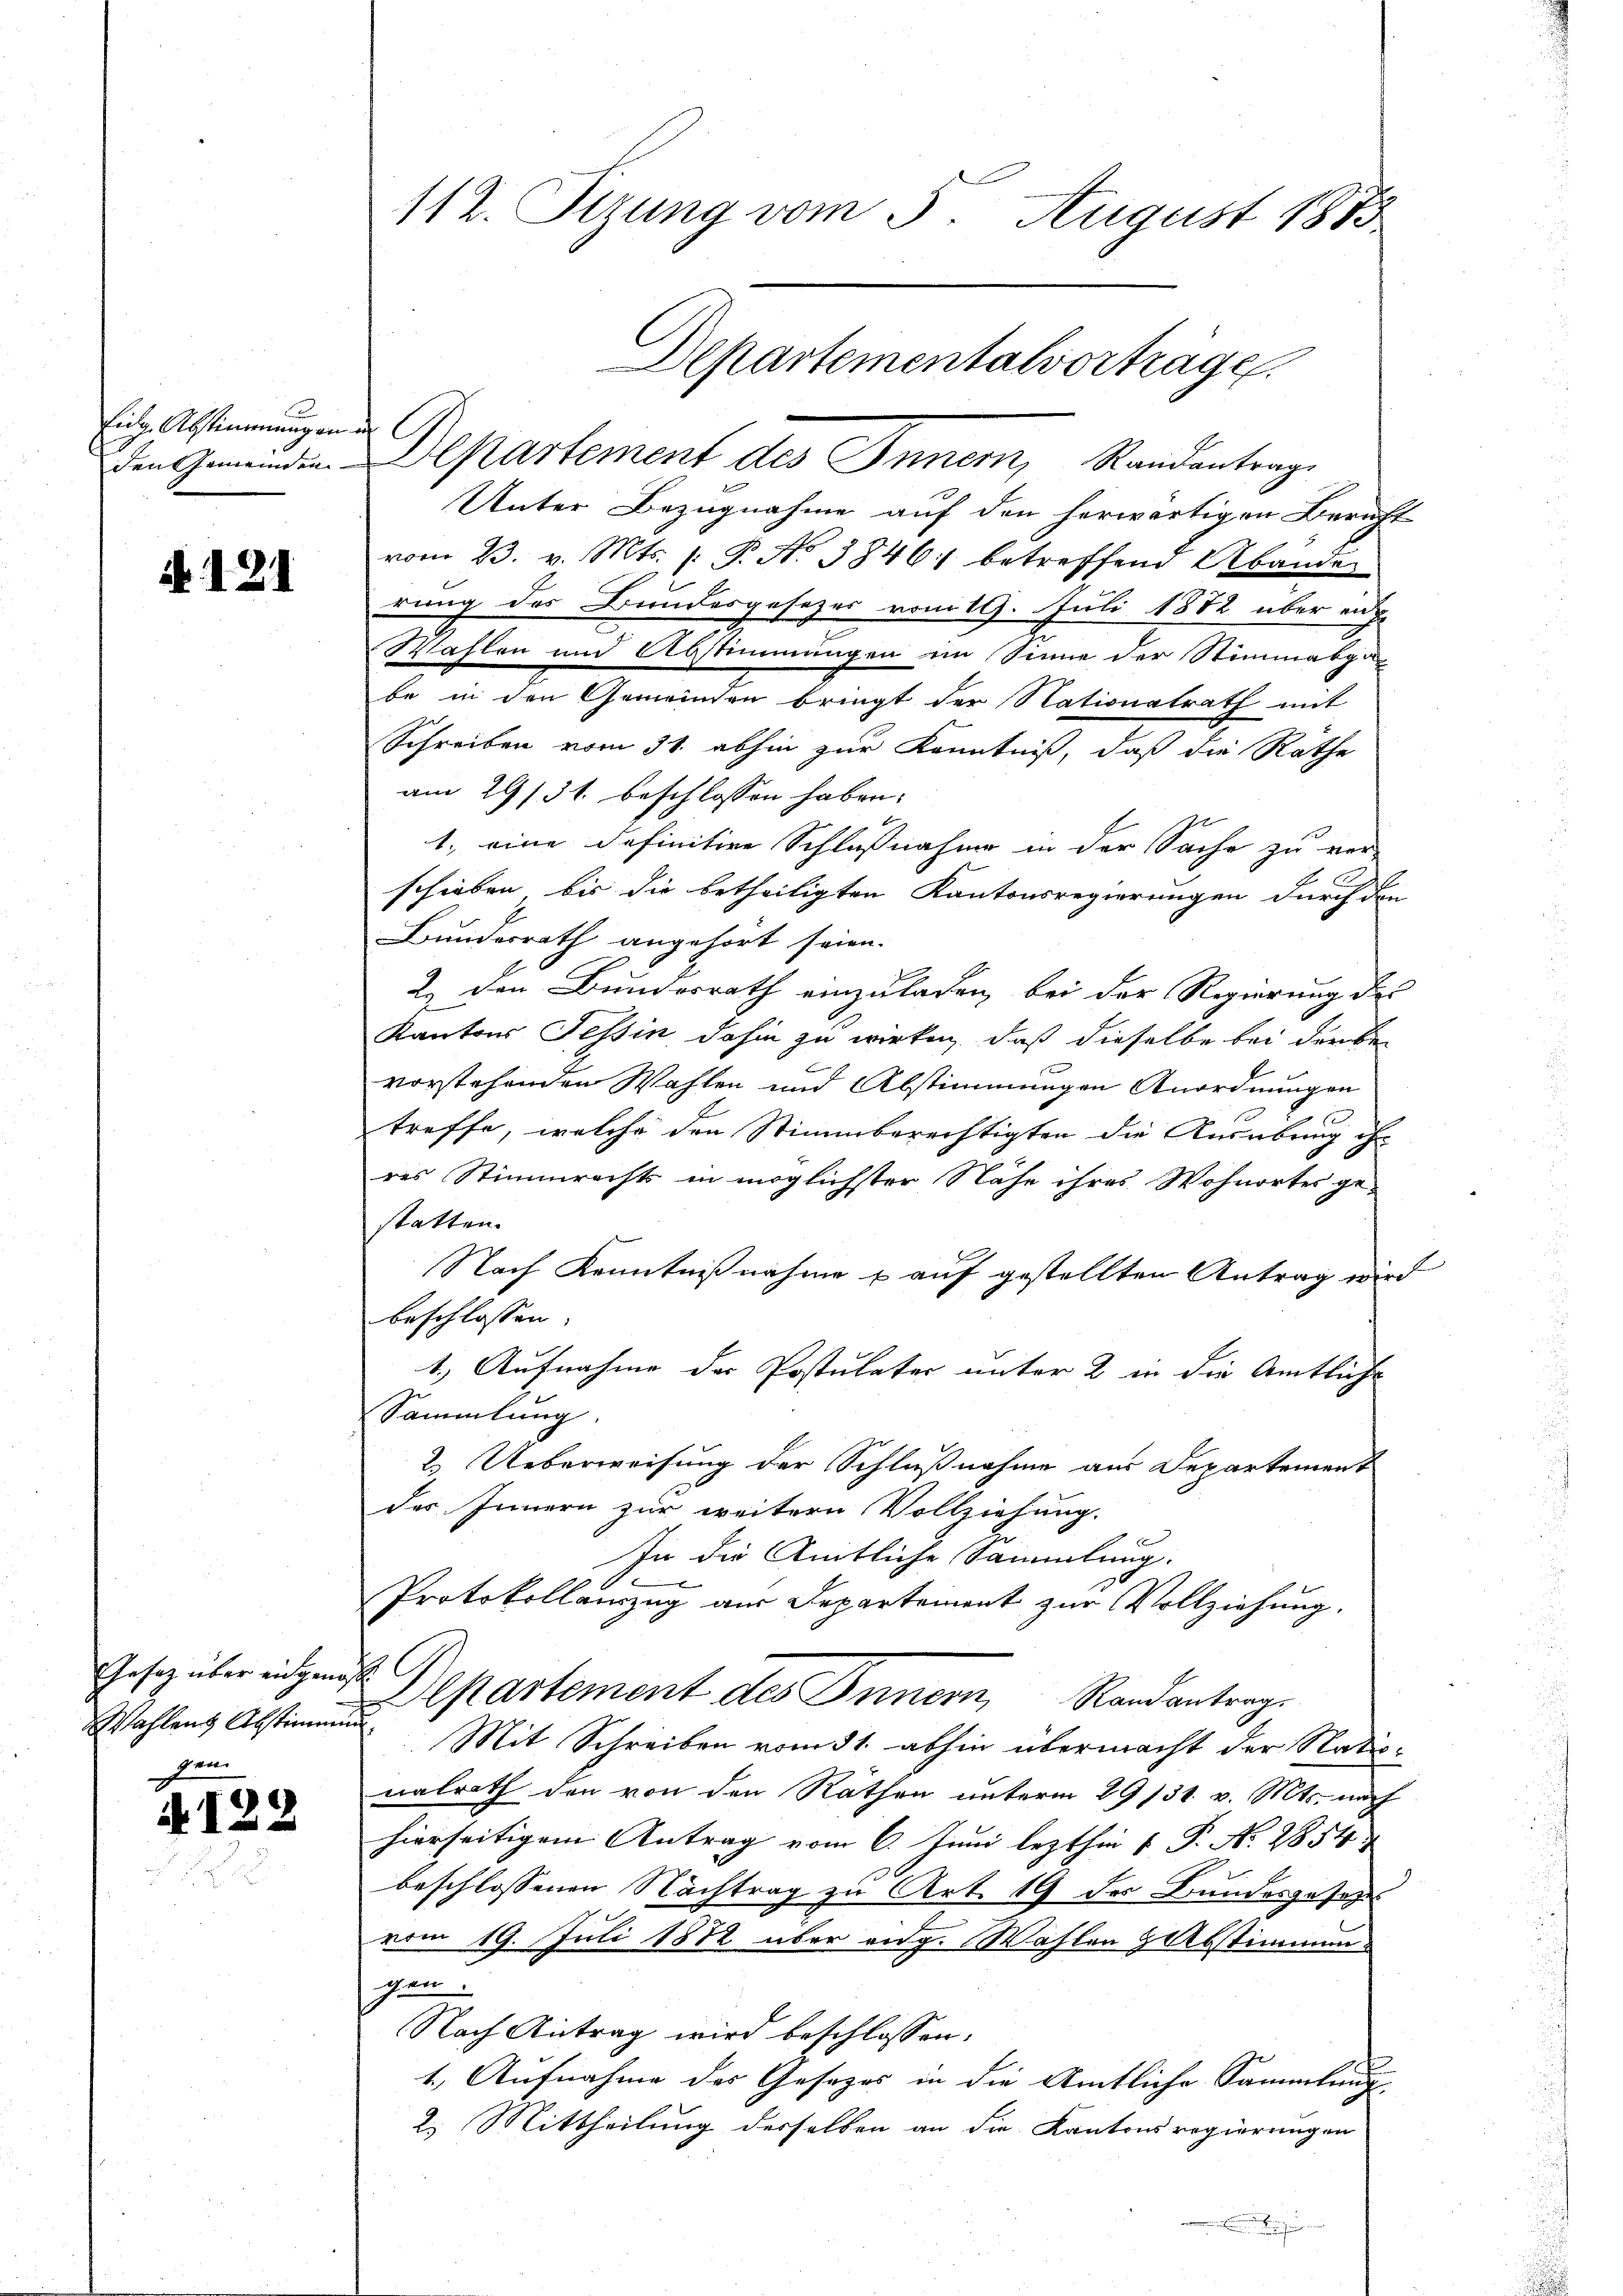
Eidg. Abstimmungen
den Gemeinden.

A. 121

Gesetz über eingenes
Wahlen Abstimmung
gen

A 122

112. Sizung vom 5. August 1883

Departement des Inner, Randantrage
Unter Bezugnahme auf den herwärtigen Bericht
vom 23. v. Mts. (: P. Nr. 3846 betreffend Abänder
rung des Bundesgesezes vom 19. Juli 1882 über ei
Wahlen und Abstimmungen im Sinne der Stimmabga
be in den Gemeinden bringt der Stationalrath mit
e
Schreiben vom 31. abhin zur Kenntniß, daß die Rathe
am 29/31. beschlossen haben.
1., eine definitive Schlußnahme in der Sache zu ver-
schieben bis die betheiligten Kantonsregierungen durch den
Bundesrath angehört seien.
2. den Bundesrath einzuladen, bei der Regierung des
Kantons Tessin dahin zu wirken, daß dieselbe bei der bevorstehenden Wahlen und Abstimmungen Anordnungen
treffe, welche den Stimmberechtigten die Ausübung ih-
res Stimmrechts in möglichster Nähe ihres Wohnortes gestatten.
Nach Kenntnißnahme & auf gestellten Antrag wird
beschlossen:
1.) Aufnahme der Postulater unter 2 in die Amtliche
Sammlung.
2. Ueberweisung der Schlußnahme aus Departement
des Innern zur weitern Vollziehung.
In die Amtliche Sammlung.
Protokollauszug aus Departement zur Vollziehung.
C.
Departement des Innern, Randantrage
Mit Schreiben vom 31. abhin übermacht der Statunalrath den von den Rathen unterm 29 131. v. Mts. nach
hierseitigem Antrag vom 6. Juni lezthin  P. Nr. 2854
beschlossenen Nachtrag zu Art. 19 der Bundesgesez
vom 19. Juli 1882 über eidg. Wahlen & Abstimmungen.
Nach Antrag wird beschlossen:
1.) Aufnahme des Gesezes in die Amtliche Sammlung
2. Mittheilung desselben an die Kantons regierungen
.

Departementalvorträge.